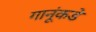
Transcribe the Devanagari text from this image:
गानूंकडे